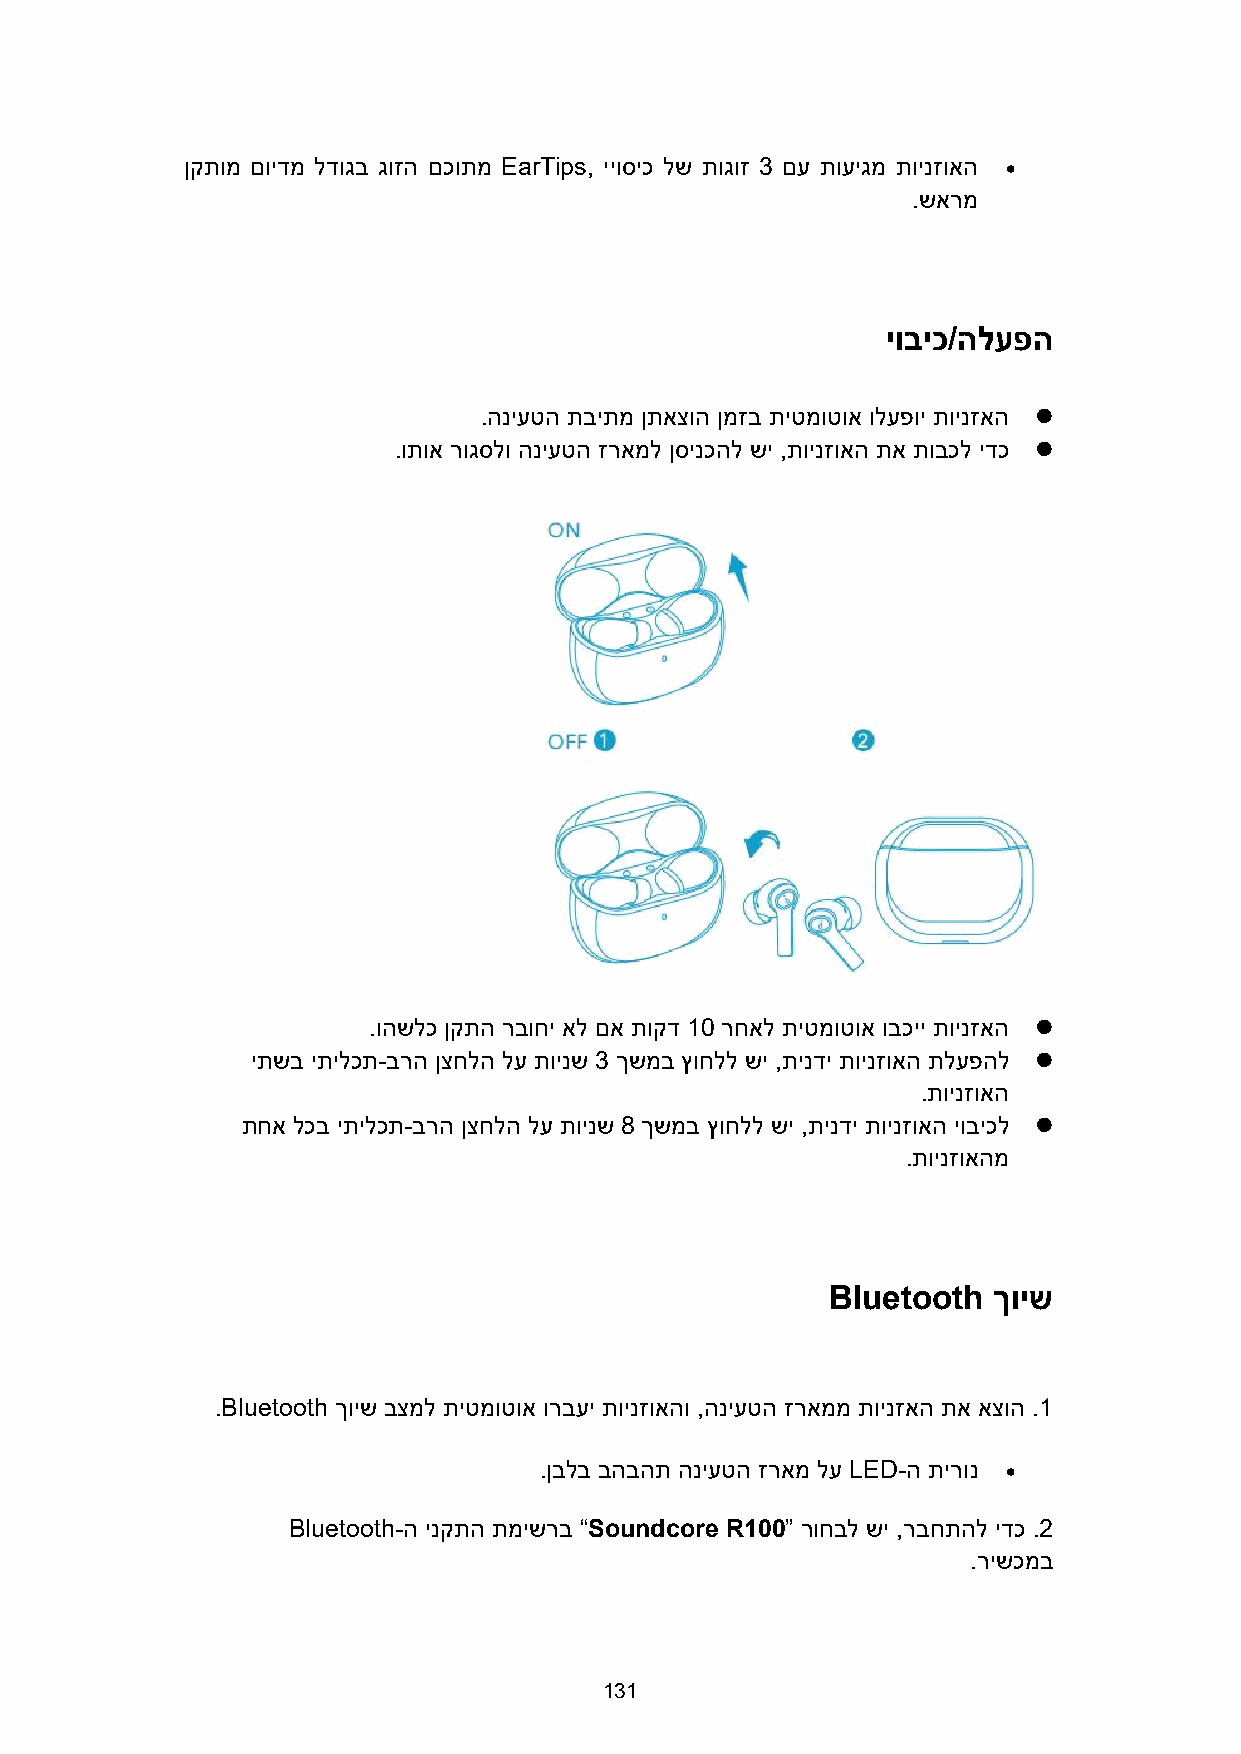
ןקתומ םוידמ לדוגב גוזה םכותמ EarTips, ייוסיכ לש תוגוז 3 םע תועיגמ תוינזואה 
 .שארמ
 יוביכ/הלעפה
 .הניעטה תביתמ ןתאצוה ןמזב תיטמוטוא ולעפוי תוינזאה 
 .ותוא רוגסלו הניעטה זראמל ןסינכהל שי ,תוינזואה תא תובכל ידכ 
 .והשלכ ןקתה רבוחי אל םא תוקד 10 רחאל תיטמוטוא ובכיי תוינזאה 
 יתשב יתילכת-ברה ןצחלה לע תוינש 3 ךשמב ץוחלל שי ,תינדי תוינזואה תלעפהל 
 .תוינזואה
 תחא לכב יתילכת-ברה ןצחלה לע תוינש 8 ךשמב ץוחלל שי ,תינדי תוינזואה יוביכל 
 .תוינזואהמ
 Bluetooth  ךויש
 .Bluetooth ךויש בצמל תיטמוטוא ורבעי תוינזואהו ,הניעטה זראממ תוינזאה תא אצוה .1
 .ןבלב בהבהת הניעטה זראמ לע LED-ה תירונ 
 Bluetooth-ה ינקתה תמישרב “Soundcore R100” רוחבל שי ,רבחתהל ידכ .2
 .רישכמב
 131